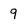
Character: 9